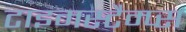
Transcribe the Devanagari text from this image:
टाइमस्टैम्प्स